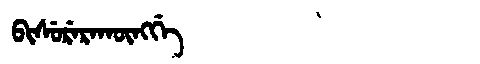
Manchu: ᠪᡳᠰᡠᡵᡝᡵᠠᡴᡡᠩᡤᡝ
Romanization: BISURERAKŪNGGE